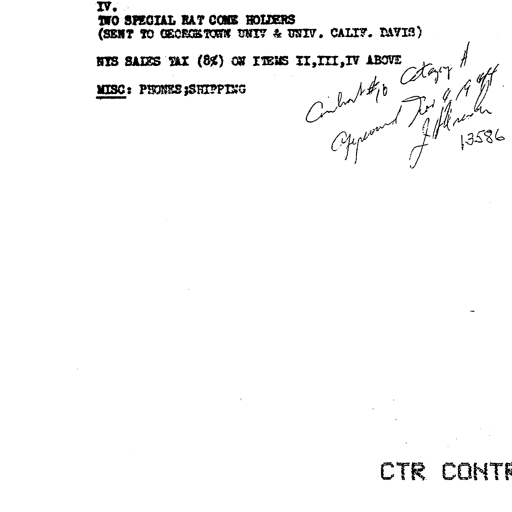
IV.
TWO SPECIAL RAT CONE HOLDERS
(SENT TO GEORGETOWN UNIV & UNIV. CALIF. DAVIS)

NYS SALES TAX (8%) ON ITEMS II, III, IV ABOVE

MISC: PHONES; SHIPPING

Contract #10 Category A
Approved for 9/9 off
J. J. Henderson
13586

CTR CONTR